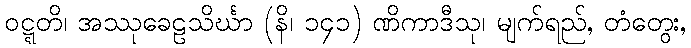
ဝဋ္ဋတိ၊ အဿုခေဠသိင်္ဃာ (နိ၊ ၁၄၁) ဏိကာဒီသု၊ မျက်ရည်, တံတွေး,